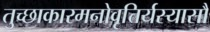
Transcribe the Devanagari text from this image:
तुच्छाकारमनोवृत्तिर्यस्यासौ